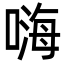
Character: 嗨